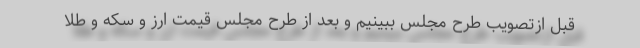
قبل ازتصویب طرح مجلس ببینیم و بعد از طرح مجلس قیمت ارز و سکه و طلا